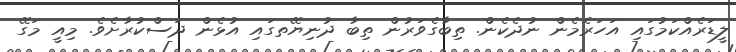
ލީޑަރެއްކަމުގައި އަހަރެމެން ނުދެކެން. ތިބާގެވަރުން ތިބާ ދުނިޔޭތގައި އުޅެން ދަސްކުރާށެވެ. މިއީ މަގޭ